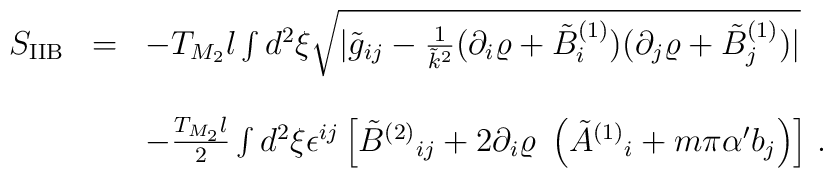
\begin{array}{rcl}S_{{\rm IIB}} & = & -T_{M_2}l\int d^2\xi\sqrt{|{\tilde g}_{ij}-\frac{1}{{\tilde k}^2}(\partial_i \varrho+{\tilde B}^{(1)}_i)(\partial_j \varrho+{\tilde B}^{(1)}_j)|}\\& & \\& &-\frac{T_{M_2}l}{2}\int d^2\xi\epsilon^{ij}\left[\tilde{B}^{(2)}{}_{ij}+2\partial_{i}\varrho\ \left({\tilde A}^{(1)}{}_{i}+m\pi\alpha^{\prime} b_{j}\right)\right]\, .\\\end{array}